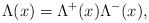
LaTeX: \begin{align*}\Lambda(x) = \Lambda^{+}(x) \Lambda^{-}(x),\end{align*}